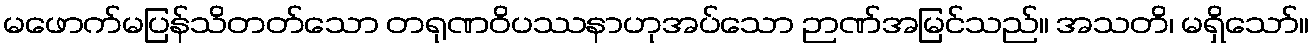
မဖောက်မပြန်သိတတ်သော တရုဏဝိပဿနာဟုအပ်သော ဉာဏ်အမြင်သည်။ အသတိ၊ မရှိသော်။